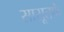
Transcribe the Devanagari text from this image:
सासूतर्फे